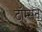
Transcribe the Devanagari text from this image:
टॉम्सन